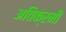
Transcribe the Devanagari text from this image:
अतिक्रमी